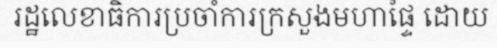
រដ្ឋលេខាធិការប្រចាំការក្រសួងមហាផ្ទៃ ដោយ